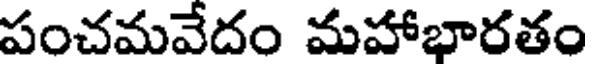
పంచమవేదం మహాభారతం